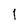
Character: 1